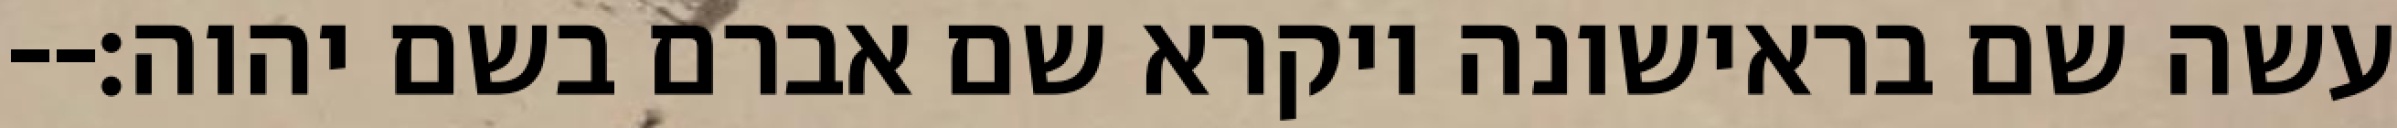
עשה שם בראישונה ויקרא שם אברם בשם יהוה׃--